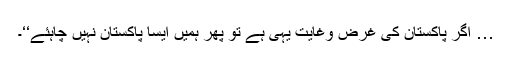
… اگر پاکستان کی غرض وغایت یہی ہے تو پھر ہمیں ایسا پاکستان نہیں چاہئے‘‘۔